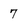
Character: 7